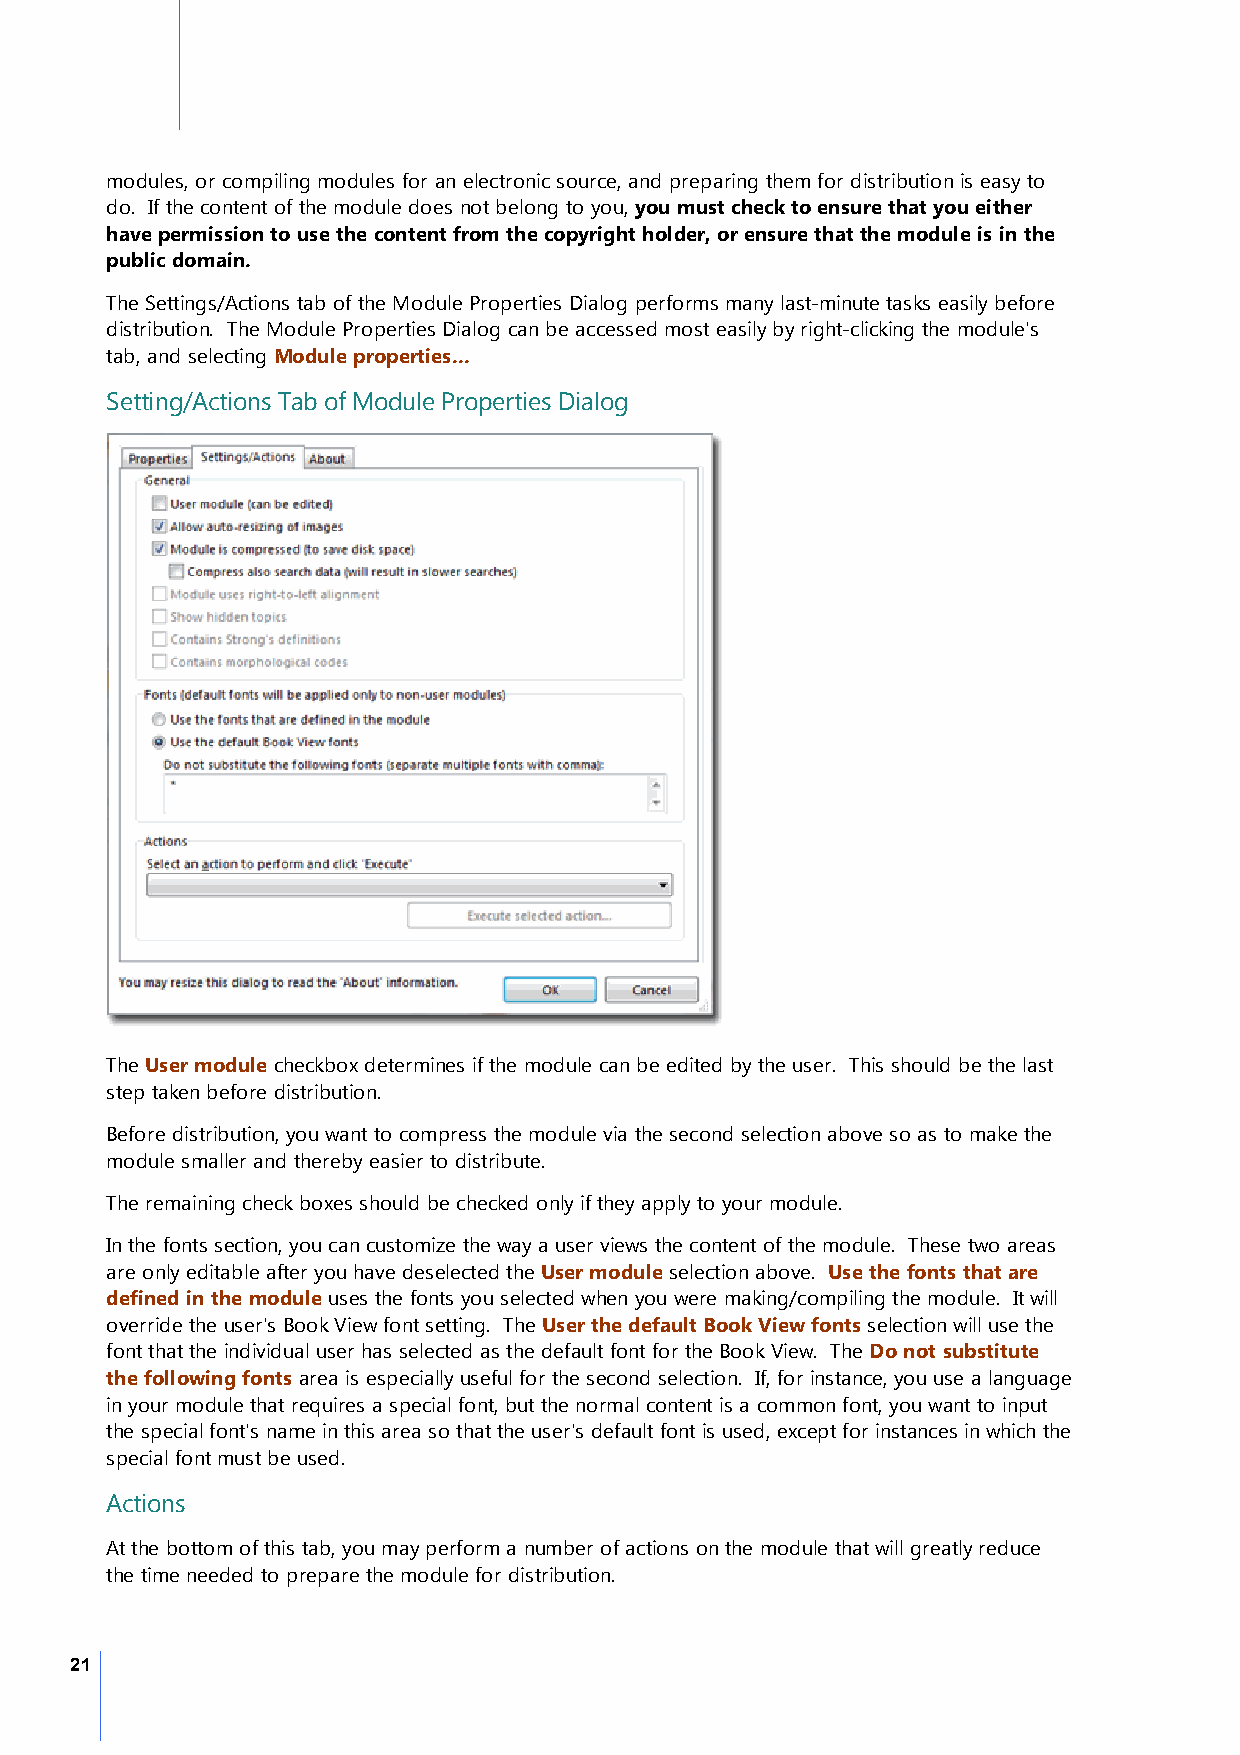
modules, or compiling modules for an electronic source, and preparing them for distribution is easy to
 do. If the content of the module does not belong to you, you must check to ensure that you either
 have permission to use the content from the copyright holder, or ensure that the module is in the
 public domain.
 The Settings/Actions tab of the Module Properties Dialog performs many last-minute tasks easily before
 distribution. The Module Properties Dialog can be accessed most easily by right-clicking the module's
 tab, and selecting Module properties...
 Setting/Actions Tab of Module Properties Dialog
 The User module checkbox determines if the module can be edited by the user. This should be the last
 step taken before distribution.
 Before distribution, you want to compress the module via the second selection above so as to make the
 module smaller and thereby easier to distribute.
 The remaining check boxes should be checked only if they apply to your module.
 In the fonts section, you can customize the way a user views the content of the module. These two areas
 are only editable after you have deselected the User module selection above. Use the fonts that are
 defined in the module uses the fonts you selected when you were making/compiling the module. It will
 override the user's Book View font setting. The User the default Book View fonts selection will use the
 font that the individual user has selected as the default font for the Book View. The Do not substitute
 the following fonts area is especially useful for the second selection. If, for instance, you use a language
 in your module that requires a special font, but the normal content is a common font, you want to input
 the special font's name in this area so that the user's default font is used, except for instances in which the
 special font must be used.
 Actions
 At the bottom of this tab, you may perform a number of actions on the module that will greatly reduce
 the time needed to prepare the module for distribution.
 21